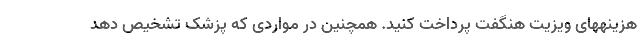
هزینههای ویزیت هنگفت پرداخت کنید. همچنین در مواردی که پزشک تشخیص دهد